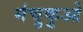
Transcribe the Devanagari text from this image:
मंचुकुओ